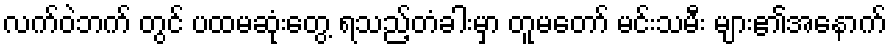
လက်ဝဲဘက် တွင် ပထမဆုံးတွေ့ ရသည့်တံခါးမှာ တူမတော် မင်းသမီး များ၏အနောက်